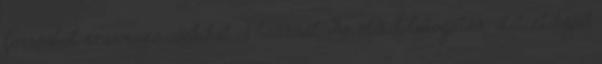
forrásból származó cookikat is használ. Az oldal látogatási statiztikáját